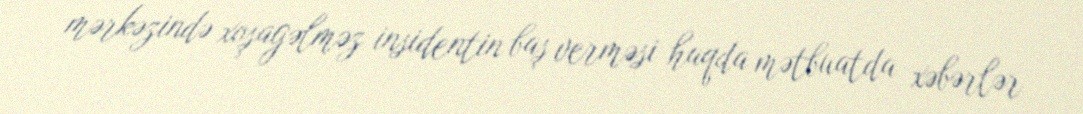
mərkəzində xoşagəlməz insidentin baş verməsi haqda mətbuatda xəbərlər